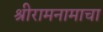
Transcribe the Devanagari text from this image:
श्रीरामनामाचा